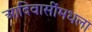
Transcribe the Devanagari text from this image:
आदिवासींमधला